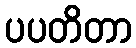
ပပတိတာ